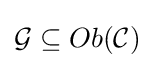
{\mathcal {G}}\subseteq Ob({\mathcal {C}})